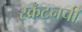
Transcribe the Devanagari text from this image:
स्क्रँटनची